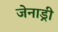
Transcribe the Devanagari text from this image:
जेनाड्री